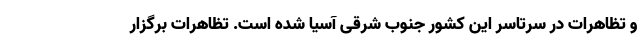
و تظاهرات در سرتاسر این کشور جنوب شرقی آسیا شده است. تظاهرات برگزار